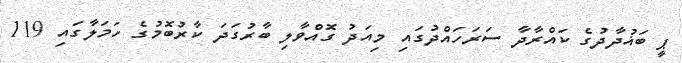
ޕީ ބަޣުދާދުގެ ކައްރާދާ ސަރަހައްދުގައި މިއަދު ގޮއްވާލި ބާރުގަދަ ކާރުބޮމުގެ ހަމަލާގައި 119